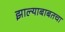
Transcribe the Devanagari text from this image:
झाल्याबाबतचा